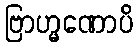
ဗြာဟ္မဏောပိ